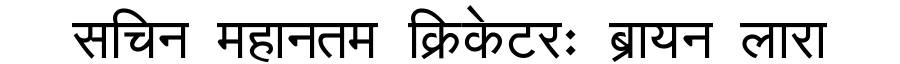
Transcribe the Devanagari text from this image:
सचिन महानतम क्रिकेटरः ब्रायन लारा